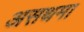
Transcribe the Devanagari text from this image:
असथमा